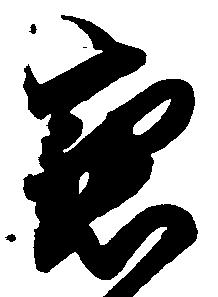
懇